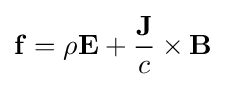
\mathbf {f} =\rho \mathbf {E} +{\frac {\mathbf {J} }{c}}\times \mathbf {B}